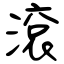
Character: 滾